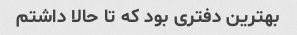
بهترین دفتری بود که تا حالا داشتم